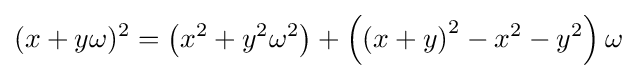
(x+y\omega )^{2}=\left(x^{2}+y^{2}\omega ^{2}\right)+\left(\left(x+y\right)^{2}-x^{2}-y^{2}\right)\omega